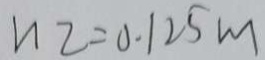
n Z = 0 . 1 2 5 m